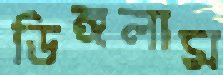
ডিঙ্গলাম